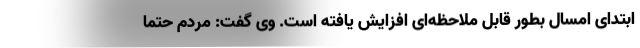
ابتدای امسال بطور قابل ملاحظه‌ای افزایش یافته است. وی گفت: مردم حتما